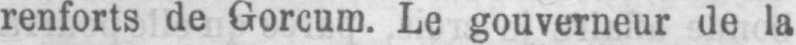
renforts de Gorcum. Le gouverneur de la